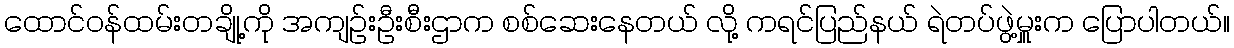
ထောင်ဝန်ထမ်းတချို့ကို အကျဉ်းဦးစီးဌာက စစ်ဆေးနေတယ် လို့ ကရင်ပြည်နယ် ရဲတပ်ဖွဲ့မှူးက ပြောပါတယ်။